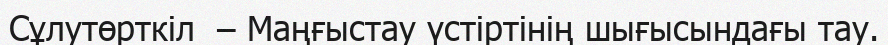
Сұлутөрткіл  – Маңғыстау үстіртінің шығысындағы тау.